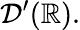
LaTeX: {\mathcal{D}}^{\prime}(\mathbb{R}).